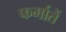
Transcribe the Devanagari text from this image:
फर्मातें